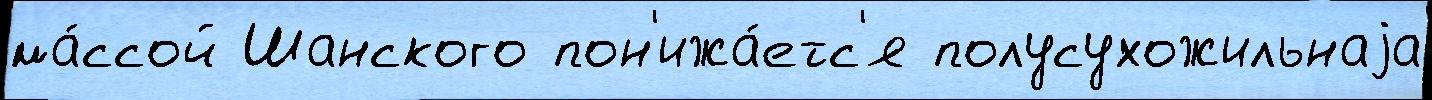
ма́ссой Шанского пон'ижа́етс'я полусухожильнаjа